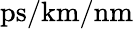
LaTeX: \mathrm{{ps/km/nm}}